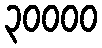
၃၀၀၀၀